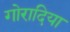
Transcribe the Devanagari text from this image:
गोरादिया